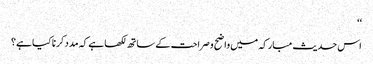
‘‘
اس حدیث مبارکہ میں واضح و صراحت کے ساتھ لکھا ہے کہ مدد کرنا کیا ہے؟